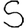
Digit: 5